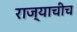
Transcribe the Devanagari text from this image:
राज्याचीच